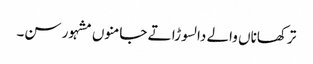
ترکھاناں والے دا لسوڑا تے جامنوں مشہور سن۔